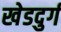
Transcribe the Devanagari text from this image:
खेडदुर्ग